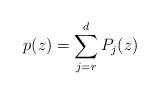
LaTeX: \begin{align*}p(z) = \sum_{j=r}^{d} P_j(z)\end{align*}